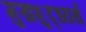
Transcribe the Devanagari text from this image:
मुखशुद्ध्यर्थ